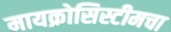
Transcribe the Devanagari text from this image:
मायक्रोसिस्टीमचा